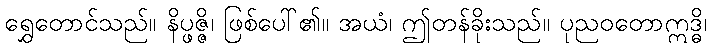
ရွှေတောင်သည်။ နိပ္ဖဇ္ဇိ၊ ဖြစ်ပေါ်၏။ အယံ၊ ဤတန်ခိုးသည်။ ပုညဝတောဣဒ္ဓိ၊